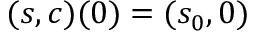
( s , c ) ( 0 ) = ( s _ { 0 } , 0 )